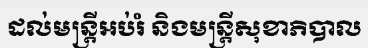
ដល់មន្ត្រីអប់រំ និងមន្ត្រីសុខាភិបាល